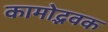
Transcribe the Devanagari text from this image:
कामोद्भवक